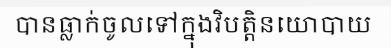
បានធ្លាក់ចូលទៅក្នុងវិបត្តិនយោបាយ